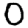
Digit: 0